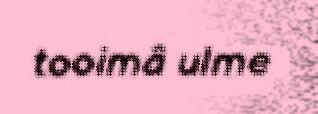
tooimâ ulme